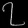
Digit: ၇